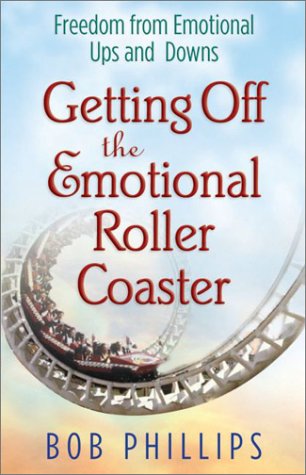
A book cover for Getting Off the Emotional Roller Coaster: Freedom from Life's Ups and Downs; Bob Phillips; Religion & Spirituality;